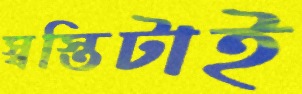
স্বস্তিটাই